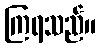
ကြရသည်။